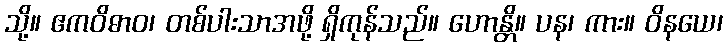
သို့။ ဧကဝိဓာဝ၊ တစ်ပါးသာအဖို့ ရှိကုန်သည်။ ဟောန္တိ။ ပန၊ ကား။ ဝိနယေ၊